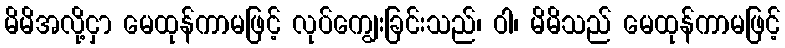
မိမိအလို့ငှာ မေထုန်ကာမဖြင့် လုပ်ကျွေးခြင်းသည်၊ ဝါ၊ မိမိသည် မေထုန်ကာမဖြင့်